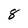
Character: 8